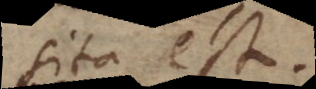
sita est.